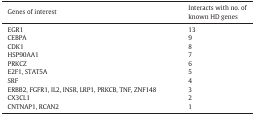
<table><thead><tr><td><b>Genes of interest</b></td><td><b>Interacts with no. of known HD genes</b></td></tr></thead><tbody><tr><td>EGR1</td><td>13</td></tr><tr><td>CEBPA</td><td>9</td></tr><tr><td>CDK1</td><td>8</td></tr><tr><td>HSP90AA1</td><td>7</td></tr><tr><td>PRKCZ</td><td>6</td></tr><tr><td>E2F1, STAT5A</td><td>5</td></tr><tr><td>SRF</td><td>4</td></tr><tr><td>ERBB2, FGFR1, IL2, INSR, LRP1, PRKCB, TNF, ZNF148</td><td>3</td></tr><tr><td>CX3CL1</td><td>2</td></tr><tr><td>CNTNAP1, RCAN2</td><td>1</td></tr></tbody></table>